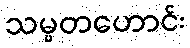
သမ္မတဟောင်း